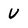
Character: U